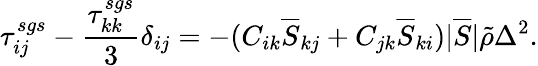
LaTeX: \tau_{ij}^{sgs}-\frac{\tau_{kk}^{sgs}}{3}\delta_{ij}=-(C_{ik}\overline{{S}}_{kj}+C_{jk}\overline{{S}}_{ki})|\overline{{S}}|\tilde{\rho}\Delta^{2}.